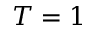
T = 1